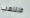
فلنلعب